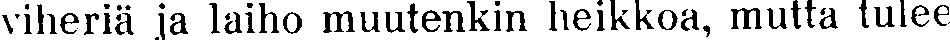
viheriä ja laiho muutenkin heikkoa, mutta tulee